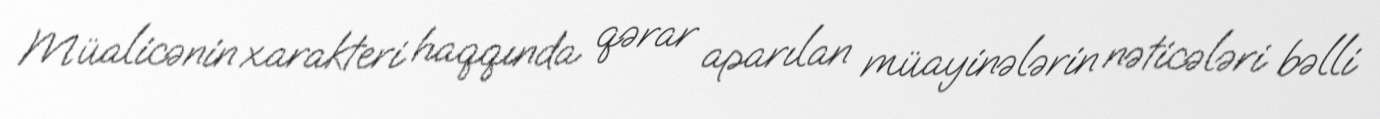
Müalicənin xarakteri haqqında qərar aparılan müayinələrin nəticələri bəlli